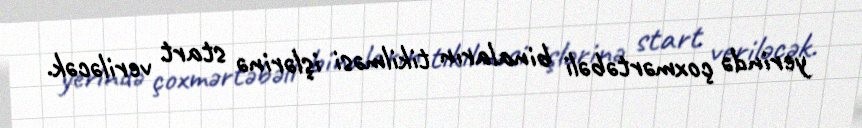
yerində çoxmərtəbəli binaların tikilməsi işlərinə start veriləcək.